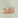
لقد